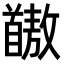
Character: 𫗺